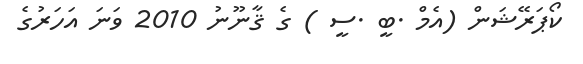
ކޯޕަރޭޝަން (އެމް .ބީ .ސީ ) ގެ ޤާނޫނު 2010 ވަނަ އަހަރުގެ